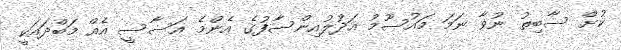
ކުށް ސާބިތު ނުވާ ނަމަ މައުސޫމު އަދުލުއިންސާފުގެ އެންމެ އަސާސީ އެއް މަބްދައަކީ